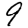
Digit: 9